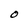
Character: O